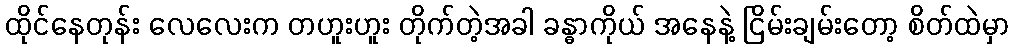
ထိုင်နေတုန်း လေလေးက တဟူးဟူး တိုက်တဲ့အခါ ခန္ဓာကိုယ် အနေနဲ့ ငြိမ်းချမ်းတော့ စိတ်ထဲမှာ